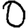
Digit: 0